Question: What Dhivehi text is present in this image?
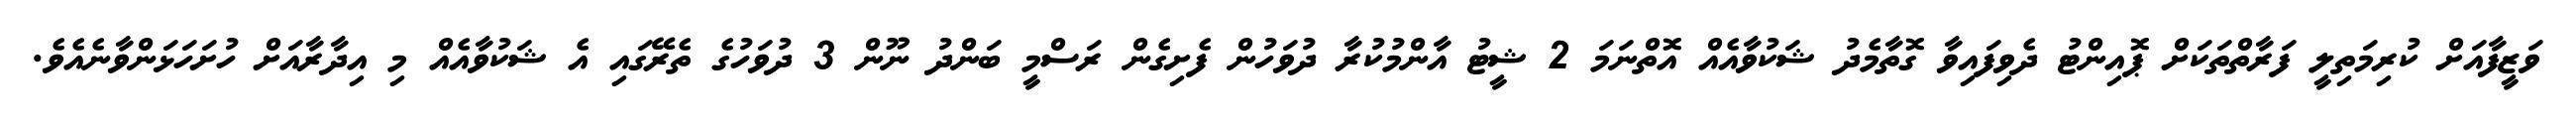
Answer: ވަޒީފާއަށް ކުރިމަތިލީ ފަރާތްތަކަށް ޕޮއިންޓު ދެވިފައިވާ ގޮތާމެދު ޝަކުވާއެއް އޮތްނަމަ 2 ޝީޓު އާންމުކުރާ ދުވަހުން ފެށިގެން ރަސްމީ ބަންދު ނޫން 3 ދުވަހުގެ ތެރޭގައި އެ ޝަކުވާއެއް މި އިދާރާއަށް ހުށަހަޅަންވާނެއެވެ.